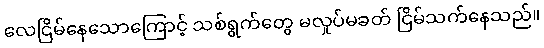
လေငြိမ်နေသောကြောင့် သစ်ရွက်တွေ မလှုပ်မခတ် ငြိမ်သက်နေသည်။